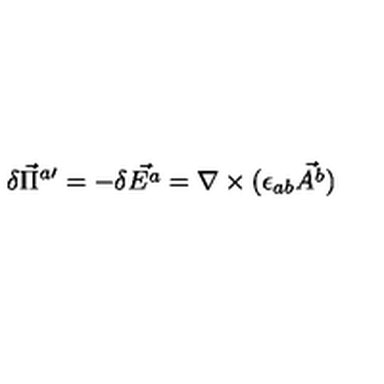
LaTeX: \delta \vec { \Pi } ^ { a \prime } = - \delta \vec { E ^ { a } } = \nabla \times ( \epsilon _ { a b } \vec { A ^ { b } } )